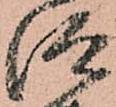
仰